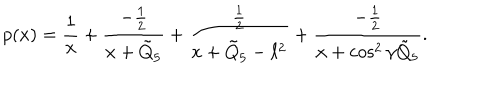
LaTeX: p ( x ) = { \frac { 1 } { x } } + { \frac { - { \frac { 1 } { 2 } } } { x + \tilde { Q } _ { 5 } } } + { \frac { \frac { 1 } { 2 } } { x + \tilde { Q } _ { 5 } - \ell ^ { 2 } } } + { \frac { - { \frac { 1 } { 2 } } } { x + \cos ^ { 2 } \gamma \tilde { Q } _ { 5 } } } .